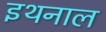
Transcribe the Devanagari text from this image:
इथनाल